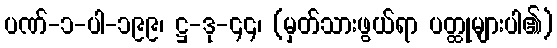
ပဏ်-၁-ပါ-၁၉၉၊ ဋ္ဌ-ဒု-၄၄၊ (မှတ်သားဖွယ်ရာ ပတ္ထုများပါ၏)